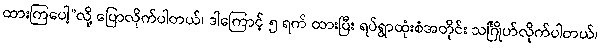
ထားကြပေါ့”လို့ ပြောလိုက်ပါတယ်၊ ဒါကြောင့် ၅ ရက် ထားပြီး ရပ်ရွာထုံးစံအတိုင်း သင်္ဂြိုဟ်လိုက်ပါတယ်၊